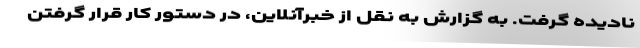
نادیده گرفت. به گزارش به نقل از خبرآنلاین، در دستور کار قرار گرفتن